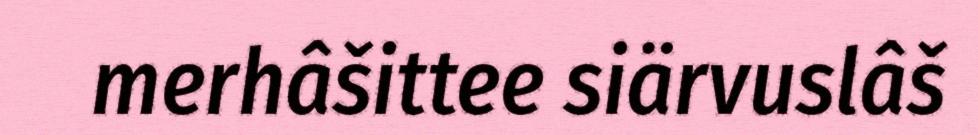
merhâšittee siärvuslâš